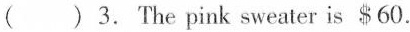
()3.The pink sweater is＄60.